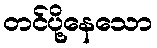
တင်ပို့နေသော